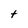
Character: t